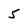
Character: 5